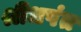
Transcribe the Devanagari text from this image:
श्रीधपंत